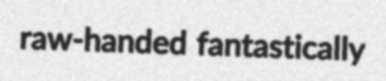
raw-handed fantastically